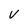
Character: v